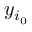
y _ { i _ { 0 } }